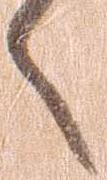
々